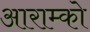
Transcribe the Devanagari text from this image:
आराम्को